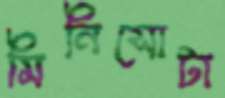
মিনিসোটা